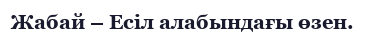
Жабай – Есіл алабындағы өзен.